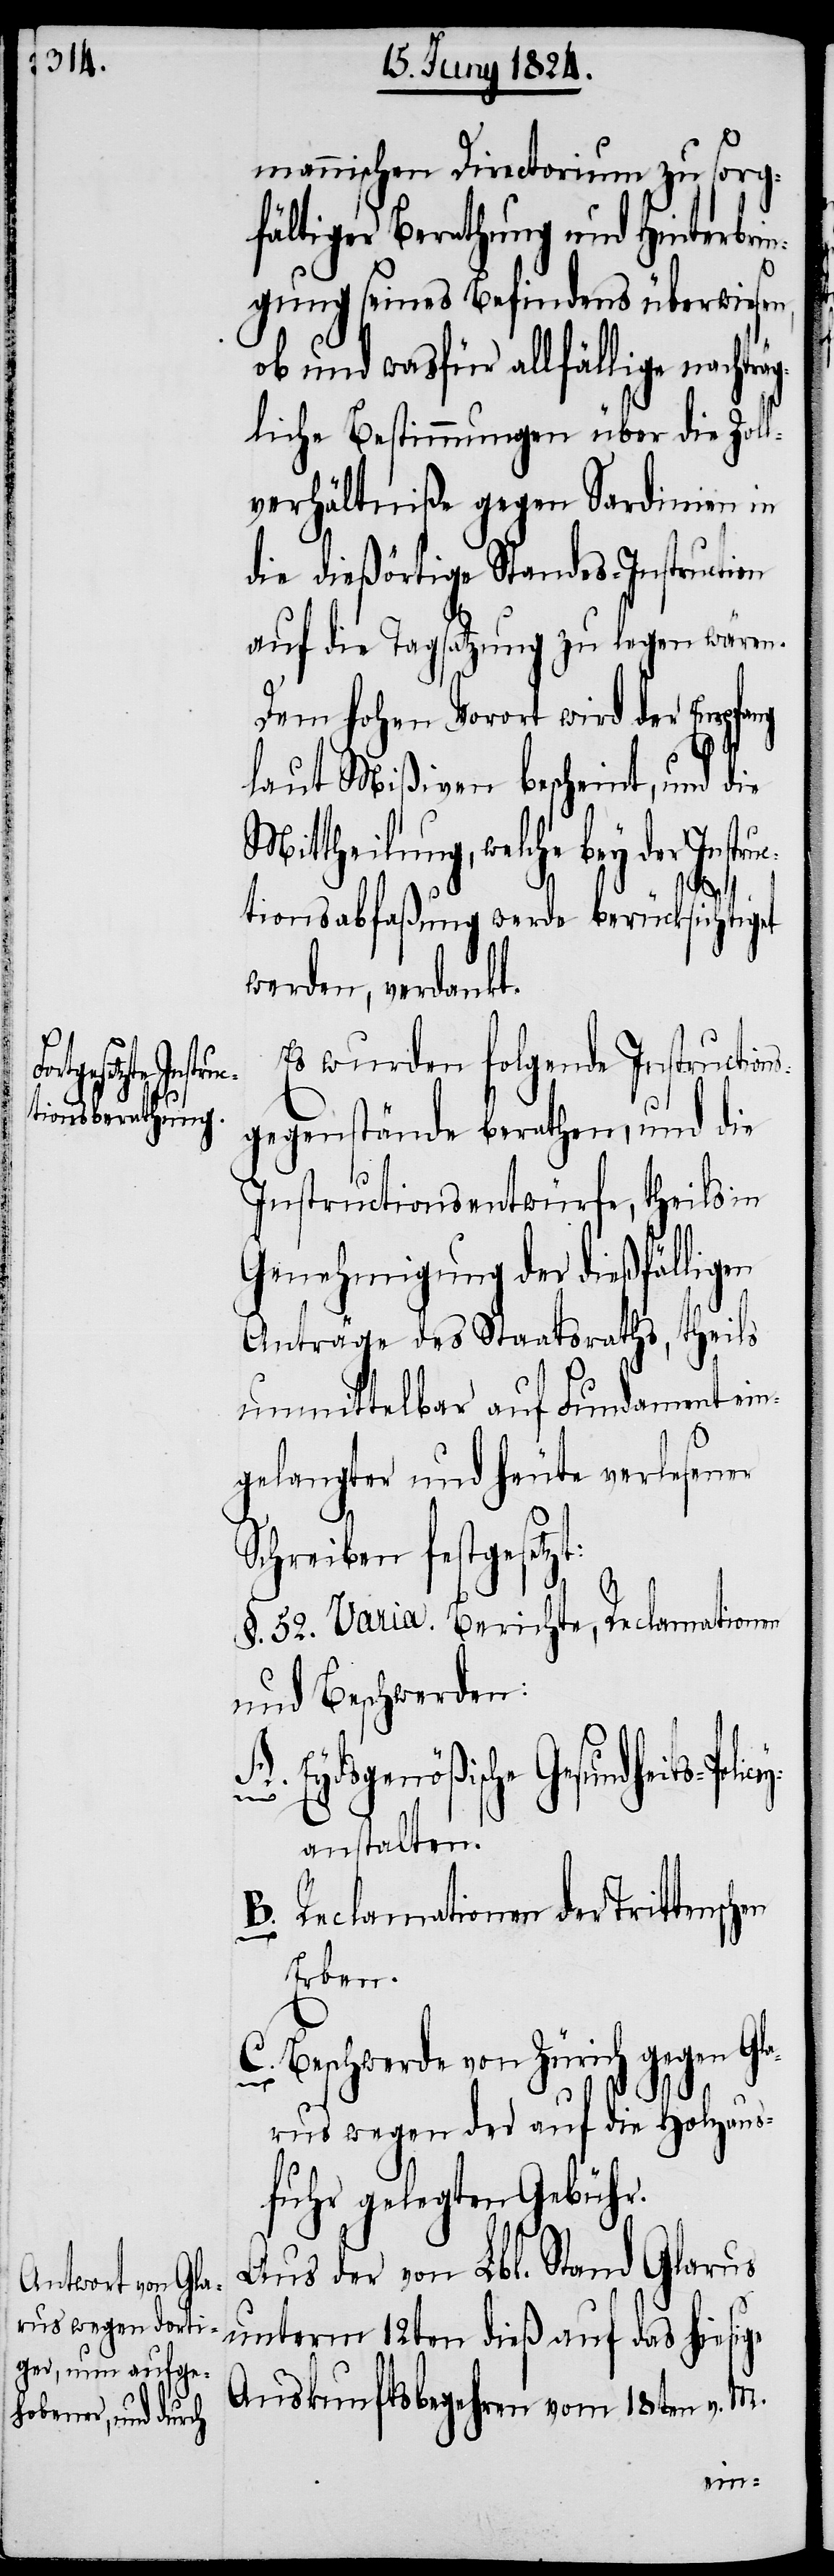
ts-Policey¬

mannischen Directorium zu sorg¬
fältiger Berathung und Hinterbrin¬
gung seines Befindens überwiesen,
ob und was für allfällige nachträ¬
gliche Bestimmungen über die Zoll¬
verhältniße gegen Sardinien in
die dießörtige Standes-Instruction
auf die Tagsatzung zu legen wären.
Dem hohen Vorort wird der Empfang
laut Mißiven bescheint, und die
Mittheilung, welche bey der Instru¬
s¬
ctionsabfaßung werde berücksichtiget
werden, verdankt.
Es wurden folgende Instruction¬
gegenstände berathen, und die
Instructionsentwürfe, theils in
Genehmigung der dießfälligen
Anträge des Staatsraths, theils
unmittelbar auf Fundament ein¬
gelangter und heute verlesener
Schreiben festgesetzt:
§. 52. Varia. Berichte, Reclamationen
und Beschwerden:
Eydsgenößische Gesundhei¬
anstalten.
B.) Reclamationen der Trittensch¬
Erben.
C.) Beschwerde von Zürich gegen Gla¬
en
rus wegen der auf die Holzaus¬
fuhr gelegten Gebühr.
Aus der von Lbl. Stand Glarus
unterm 12ten dieß auf das hiesige
Auskunftsbegehren vom 18ten v. M.